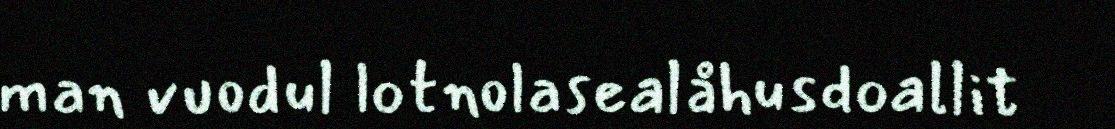
man vuodul lotnolasealåhusdoallit